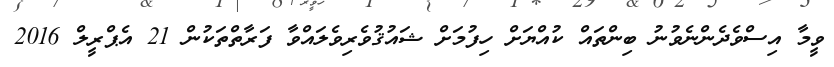
ވީމާ އިސްވެދެންނެވުނު ބިންތައް ކުއްޔަށް ހިފުމަށް ޝައުޤުވެރިވެލައްވާ ފަރާތްތަކުން 21 އެޕްރީލް 2016